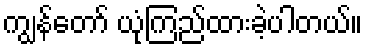
ကျွန်တော် ယုံကြည်ထားခဲ့ပါတယ်။